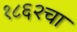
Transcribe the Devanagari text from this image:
१८६२चा